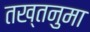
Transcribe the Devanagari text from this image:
तख्तनुमा